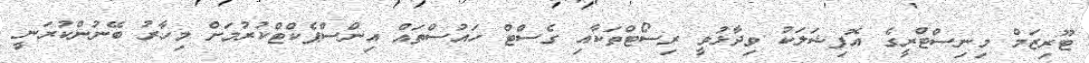
ޓޫރިޒަމް މިނިސްޓްރީގެ އޮފިޝަލަކު ވިދާޅުވީ ރިސޯޓްތަކާއި ގެސްޓް ހައުސްތައް އިންސްޕެކްޓްކުރުމަށް މިހާރު ބޭނުންކުރަނީ